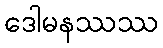
ဒေါမနဿဿ